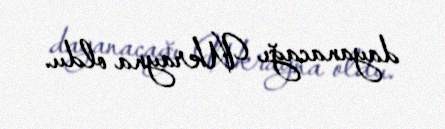
dayanacağı Ukrayna oldu.